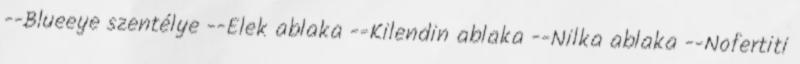
--Blueeye szentélye --Elek ablaka --Kilendin ablaka --Nilka ablaka --Nofertiti